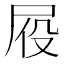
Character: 𪨍